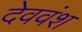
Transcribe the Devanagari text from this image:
देववंश